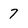
Character: 7